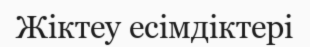
Жіктеу есімдіктері